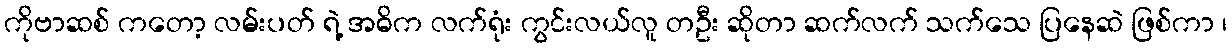
ကိုဗာဆစ် ကတော့ လမ်းပတ် ရဲ့ အဓိက လက်ရုံး ကွင်းလယ်လူ တဦး ဆိုတာ ဆက်လက် သက်သေ ပြနေဆဲ ဖြစ်ကာ ၊